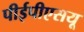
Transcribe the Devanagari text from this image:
पीईपीएसयू